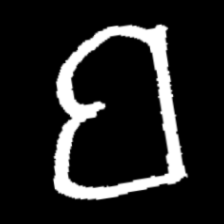
Pyu character \u2014 Myanmar letter: ဗ (romanized: ba)